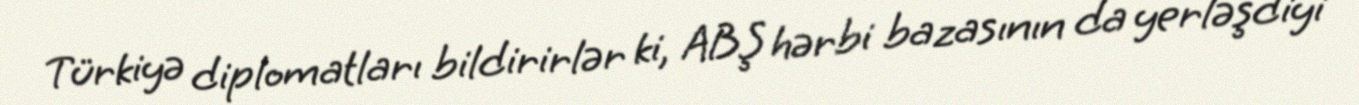
Türkiyə diplomatları bildirirlər ki, ABŞ hərbi bazasının da yerləşdiyi